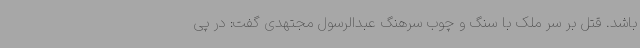
باشد. قتل بر سر ملک با سنگ و چوب سرهنگ عبدالرسول مجتهدی گفت: در پی